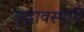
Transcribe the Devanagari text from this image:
वृद्वावस्थामें